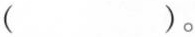
（）。